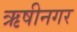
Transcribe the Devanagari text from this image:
ऋषीनगर